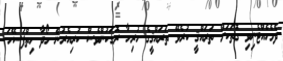
ދެމެހެއްޓެނިވި ގޮތަކަށް ތަރައްޤީ ކުރެވޭ ތަރައްޤީގެ ހުރިހާ ރޮގަކުންވެސް ކުރިއެރުން ހޯދާ ހިތްފަސޭހަ